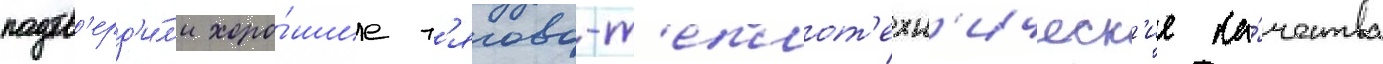
подтв'ерд'и́л'и хоро́шие т'ягово-т'еплот'ехн'ическ'ие ка́чества